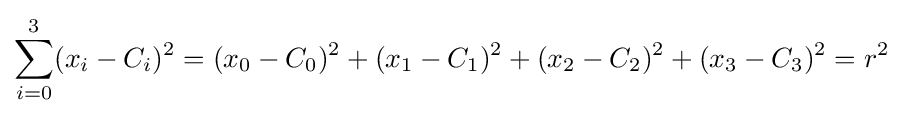
\sum _{i=0}^{3}(x_{i}-C_{i})^{2}=(x_{0}-C_{0})^{2}+(x_{1}-C_{1})^{2}+(x_{2}-C_{2})^{2}+(x_{3}-C_{3})^{2}=r^{2}